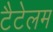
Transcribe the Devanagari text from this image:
टैटेलम